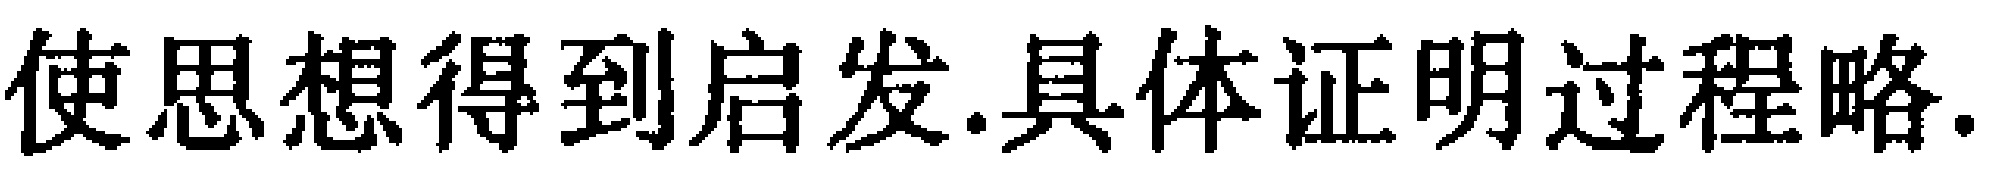
使思想得到启发.具体证明过程略.